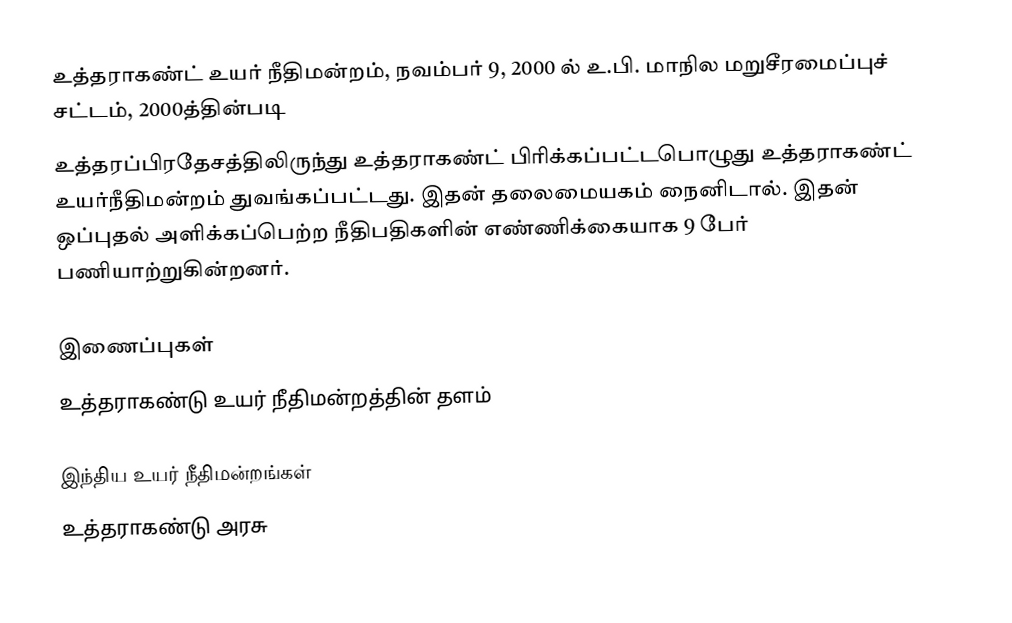
உத்தராகண்ட் உயர் நீதிமன்றம், நவம்பர் 9, 2000 ல் உ.பி. மாநில மறுசீரமைப்புச் சட்டம், 2000த்தின்படி
உத்தரப்பிரதேசத்திலிருந்து உத்தராகண்ட் பிரிக்கப்பட்டபொழுது உத்தராகண்ட் உயர்நீதிமன்றம் துவங்கப்பட்டது. இதன் தலைமையகம் நைனிடால். இதன் ஒப்புதல் அளிக்கப்பெற்ற நீதிபதிகளின் எண்ணிக்கையாக 9 பேர் பணியாற்றுகின்றனர்.

இணைப்புகள்
 உத்தராகண்டு உயர் நீதிமன்றத்தின் தளம்

இந்திய உயர் நீதிமன்றங்கள்
உத்தராகண்டு அரசு